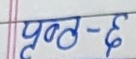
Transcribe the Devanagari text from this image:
पृन्त-६